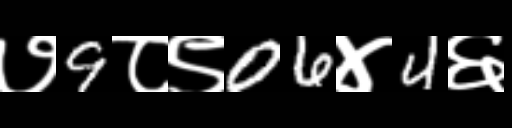
Text: ७9८९06४4६